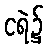
ငရဲ၌